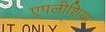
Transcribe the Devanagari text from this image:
एपलीशिया